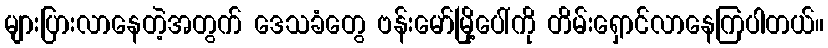
များပြားလာနေတဲ့အတွက် ဒေသခံတွေ ဗန်းမော်မြို့ပေါ်ကို တိမ်းရှောင်လာနေကြပါတယ်။